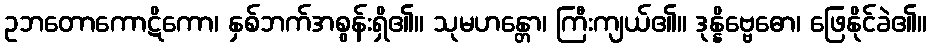
ဥဘတောကောဋိကော၊ နှစ်ဘက်အစွန်းရှိ၏။ သုမဟန္တော၊ ကြီးကျယ်၏။ ဒုန္နိဗ္ဗေဓော၊ ဖြေနိုင်ခဲ၏။